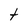
Character: t